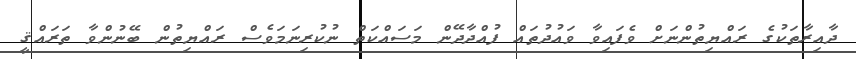
ދާއިރާތަކުގެ ރައްޔިތުންނަށް ވެފައިވާ ވައުދުތައް ފުއްދާދޭން މަސައްކަތް ނުކުރިނަމަވެސް ރައްޔިތުން ބޭނުންވާ ތަރައްޤީ